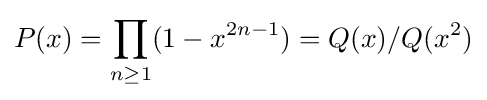
P(x)=\prod _{n\geq 1}(1-x^{2n-1})=Q(x)/Q(x^{2})